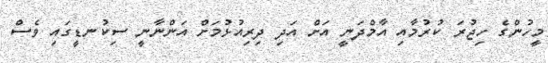
މީހުންގެ ހިޖުރަ ކުރުމާއި އާމްދަނީ އަށް އަދި ދިރިއުޅުމަށް އަންނާނީ ސިކުނޑީގައި ވެސް